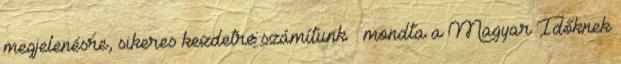
megjelenésre, sikeres kezdetre számítunk – mondta a Magyar Időknek